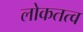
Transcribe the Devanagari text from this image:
लोकतत्‍व